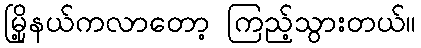
မြို့နယ်ကလာတော့ ကြည့်သွားတယ်။